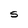
Character: S